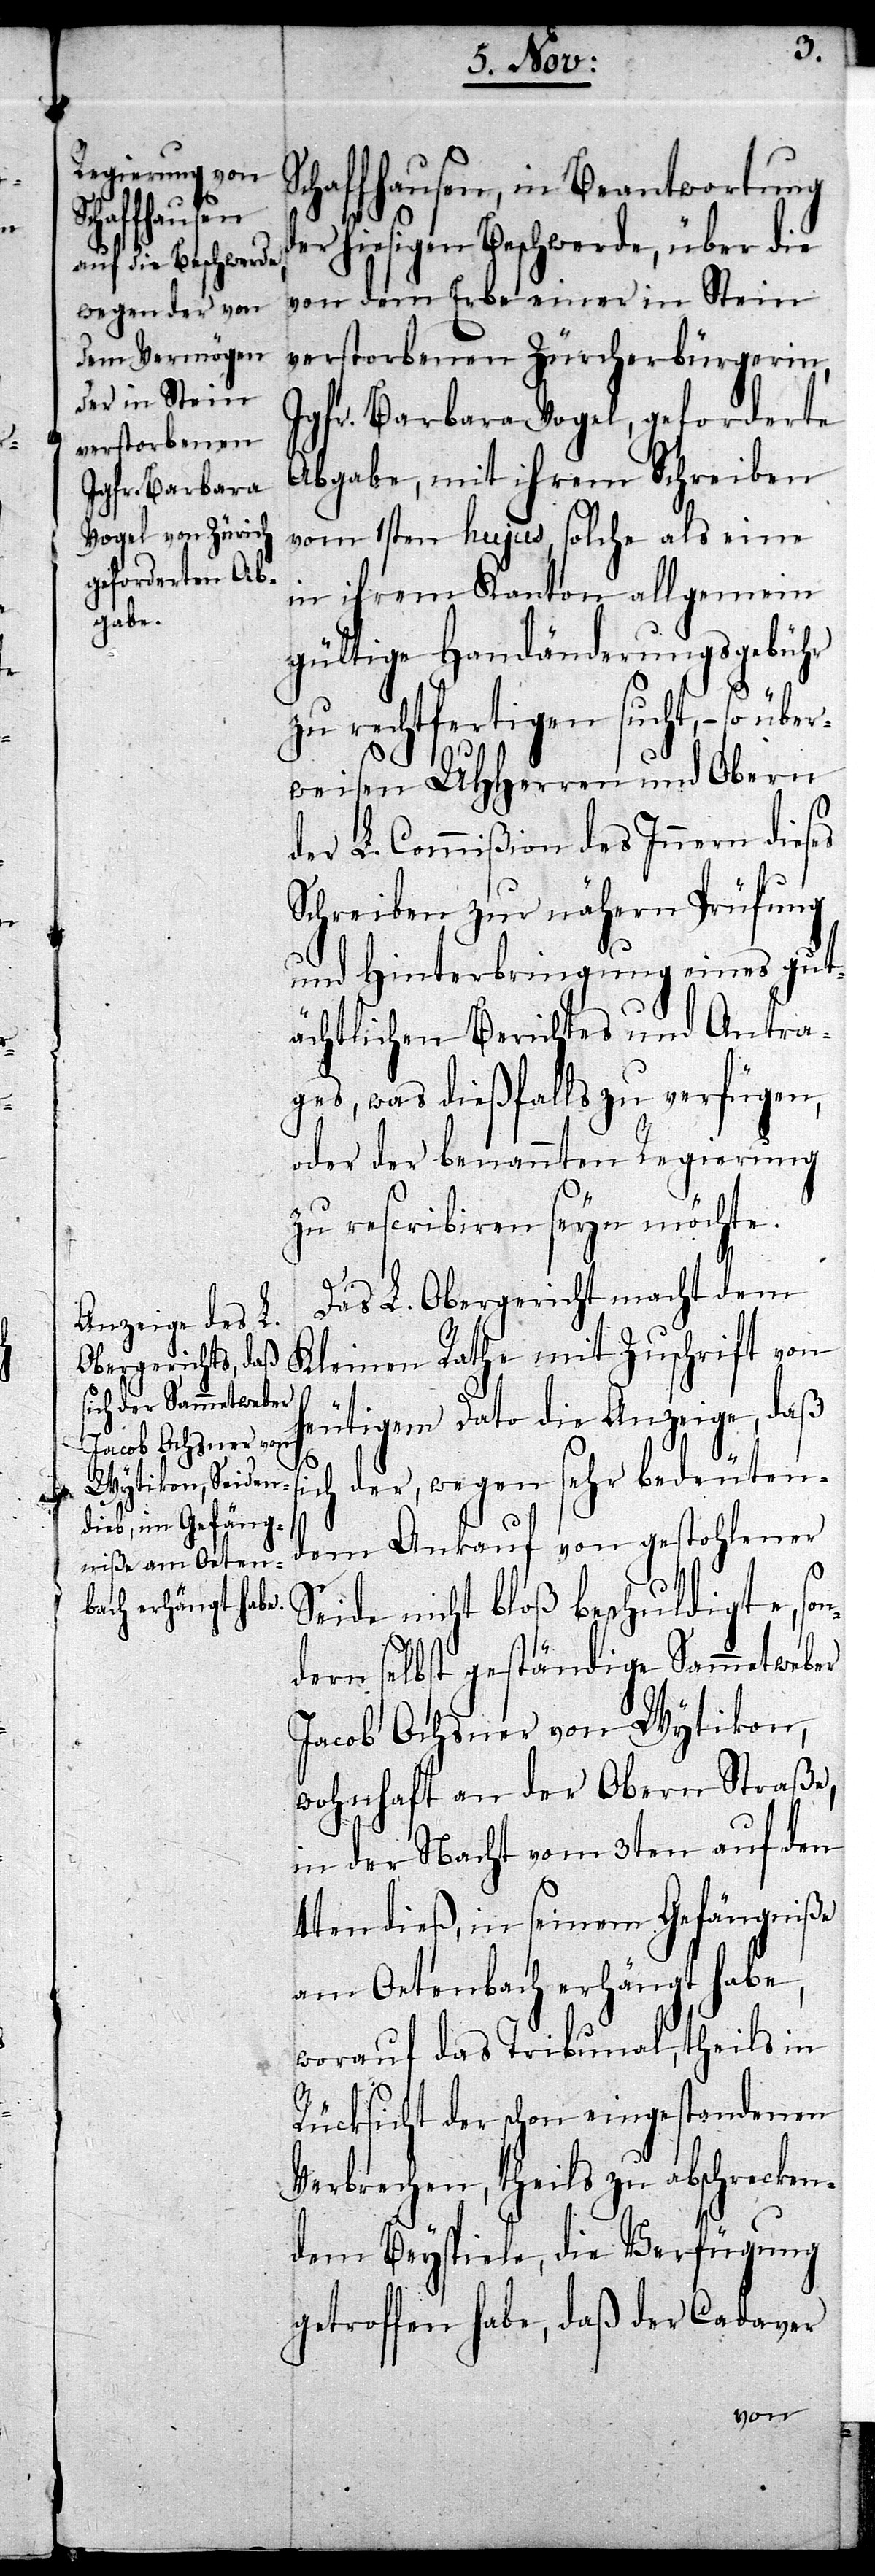
Schaffhausen, in Beantwortung
der hiesigen Beschwerde, über die
von dem Erbe einer in Stein
verstorbenen Zürcherbürgerin,
Jgfr. Barbara Vogel, geforderte
Abgabe, mit ihrem Schreiben
vom 1sten hujus, solche als eine
in ihrem Kanton allgemein
gültige Handänderungsgebühr
zu rechtfertigen sucht, – so über¬
weisen UHHerren und Obern
der L. Commißion des Innern dieses
Schreiben zur nähern Prüfung
und Hinterbringung eines gut¬
ächtlichen Berichtes und Antra¬
ges, was dießfalls zu verfügen,
oder der benannten Regierung
zu rescribiren seyn möchte.
uten¬
Das L. Obergericht macht dem
Kleinen Rathe mit Zuschrift von
heutigem Dato die Anzeige, daß
dem Ankauf von gestohlener
Seide nicht bloß beschuldigte, son¬
dern selbst geständige Sammetweber
Jacob Ochsner von Wytikon,
wohnhaft an der Obern Straße,
in der Nacht vom 3ten auf den
4ten dieß, in seinem Gefängniße
am Oetenbach erhängt habe,
worauf das Tribunal, theils in
Rücksicht der schon eingestandenen
Verbrechen, theils zu abschrecken¬
dem Beyspiele, die Verfügung
getroffen habe, daß der Cadaver